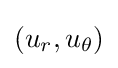
(u_{r},u_{\theta })